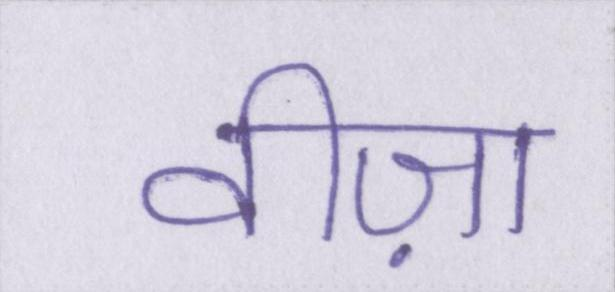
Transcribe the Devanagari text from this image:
वीज़ा